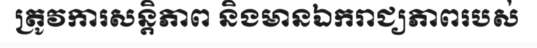
ត្រូវការសន្តិភាព និងមានឯករាជ្យភាពរបស់